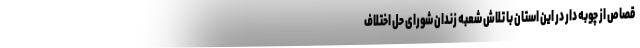
قصاص از چوبه دار در این استان با تلاش شعبه زندان شورای حل اختلاف